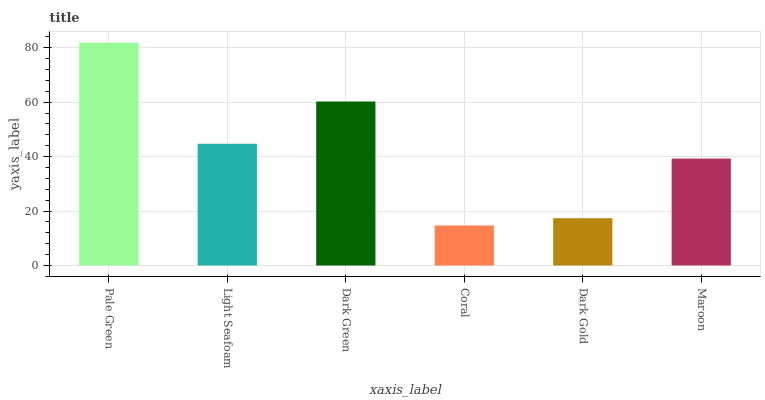
| xaxis_label | bars |
 | --- | --- |
 | Pale Green | 81.9 |
 | Light Seafoam | 44.7 |
 | Dark Green | 60.2 |
 | Coral | 14.7 |
 | Dark Gold | 17.4 |
 | Maroon | 39.3 |